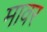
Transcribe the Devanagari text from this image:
मावर